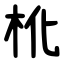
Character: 杹